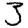
Digit: 3